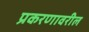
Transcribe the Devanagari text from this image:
प्रकरणावरील